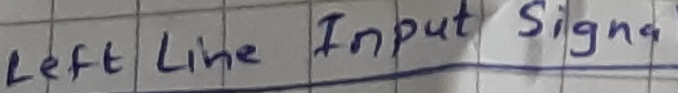
Text: left line Input signal